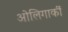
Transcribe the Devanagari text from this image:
ओलिगार्की